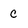
Character: c